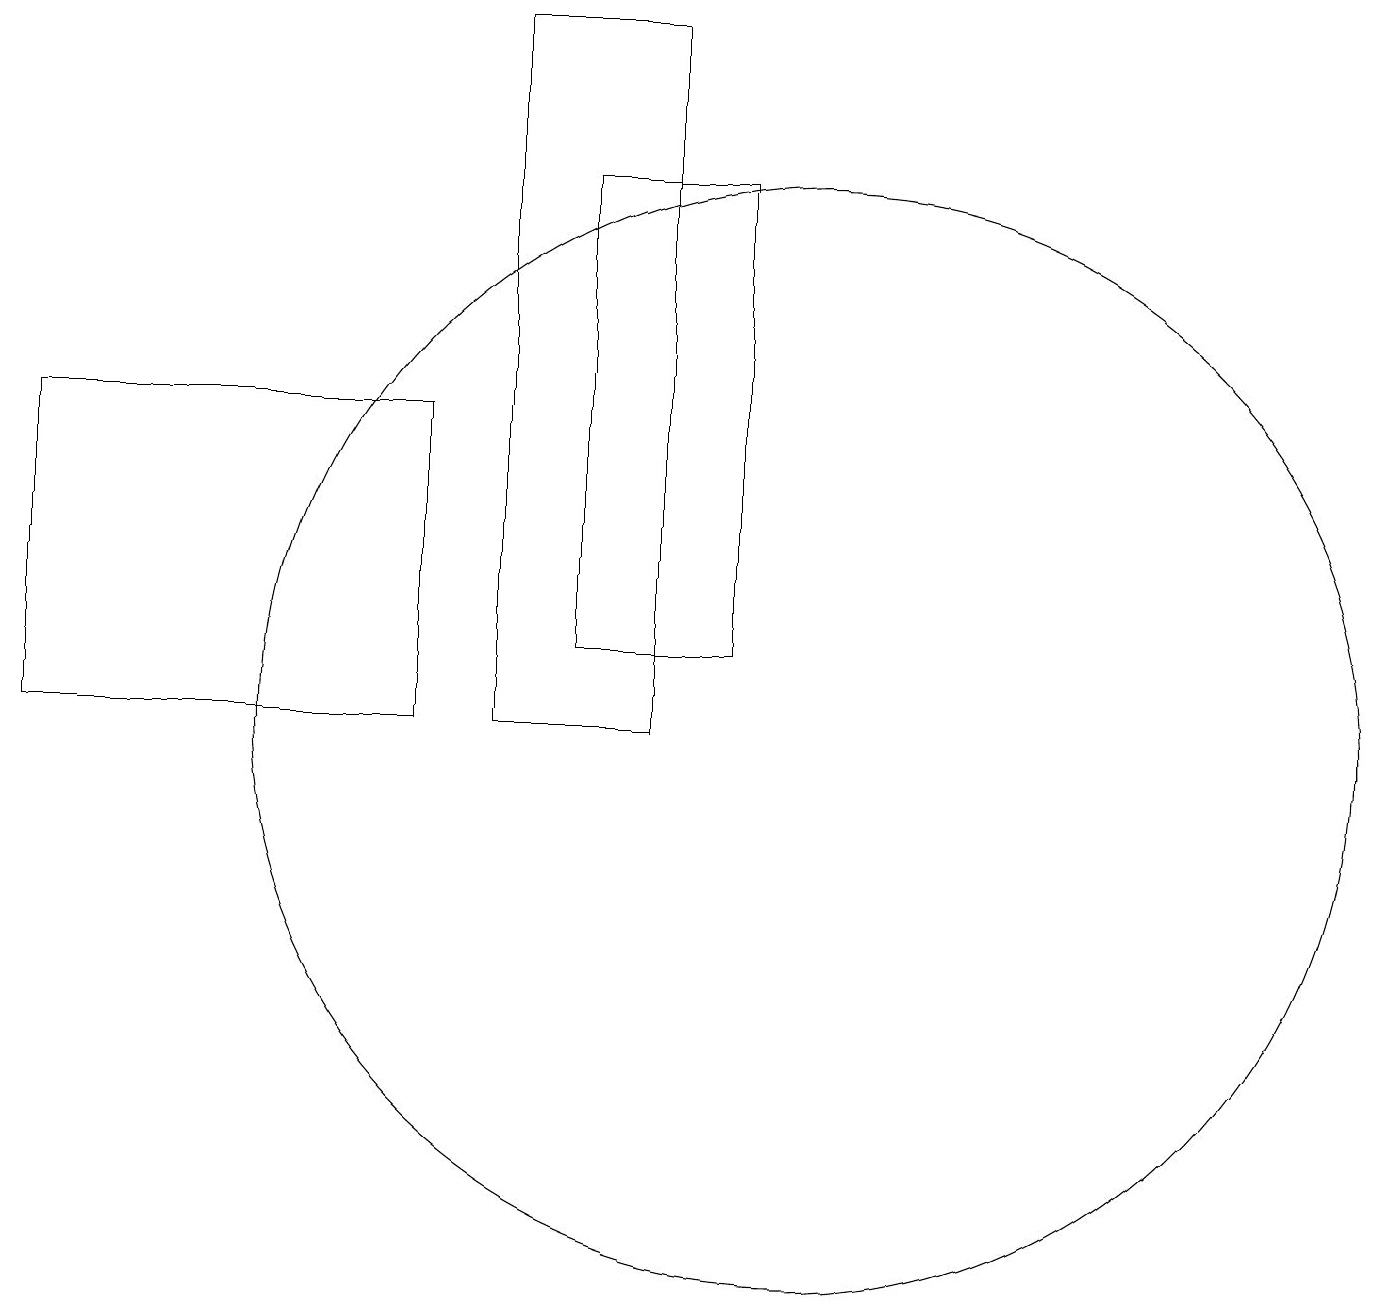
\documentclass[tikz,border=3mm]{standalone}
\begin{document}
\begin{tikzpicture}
\draw (0,10) rectangle (5,14);
\draw (10,10) circle (7);
\draw (8,10) rectangle (6,19);
\draw (9,11) rectangle (7,17);
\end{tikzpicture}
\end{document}